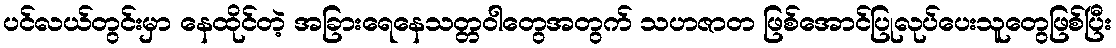
ပင်လယ်တွင်းမှာ နေထိုင်တဲ့ အခြားရေနေသတ္တဝါတွေအတွက် သဟဇာတ ဖြစ်အောင်ပြုလုပ်ပေးသူတွေဖြစ်ပြီး